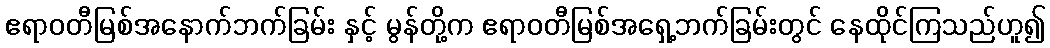
ဧရာဝတီမြစ်အနောက်ဘက်ခြမ်း နှင့် မွန်တို့က ဧရာဝတီမြစ်အရှေ့ဘက်ခြမ်းတွင် နေထိုင်ကြသည်ဟူ၍